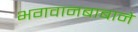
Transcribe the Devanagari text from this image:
भगवानबाबाने